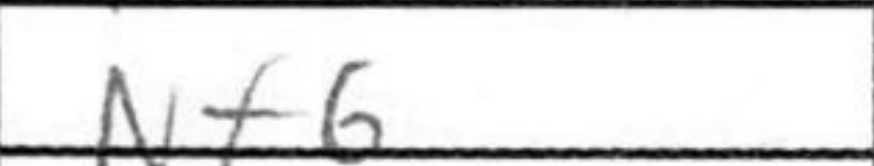
Transcription: Nf6